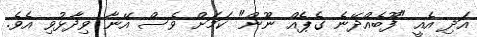
އަދި އެއީ "ފޫބެއްދޭނެ ގެޕެއް ނޫން" ކަމަށް ވެސް އޭނާ ވިދާޅުވި އެވެ.